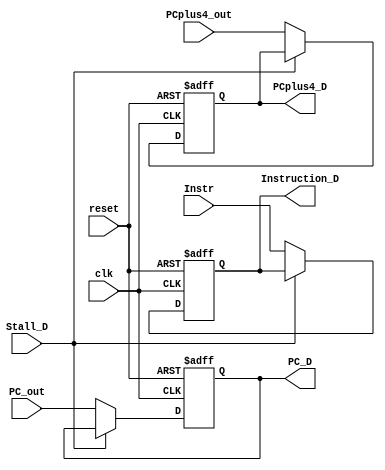
module IF_ID (
    input clk,
    input reset,
    input Stall_D,
    input [31:0] Instr,
    input [31:0] PCplus4_out,
    input [31:0] PC_out,
    output reg [31:0] Instruction_D,
    output reg [31:0] PCplus4_D,
    output reg [31:0] PC_D
);
    always @(posedge clk or negedge reset) begin
        if (!reset) begin
            Instruction_D <= 32'b0;
            PCplus4_D <= 32'b0;
            PC_D <= 32'b0;
        end else begin
            if (!Stall_D) begin
                Instruction_D <= Instr;
                PCplus4_D <= PCplus4_out;
                PC_D <= PC_out;
            end
        end
    end
endmodule